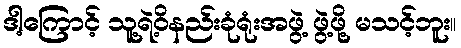
ဒါ့ကြောင့် သူ့ရဲ့ဝိနည်းခုံရုံးအဖွဲ့ ဖွဲ့ဖို့ မသင့်ဘူး။